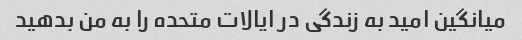
میانگین امید به زندگی در ایالات متحده را به من بدهید